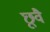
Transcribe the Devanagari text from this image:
छूवै